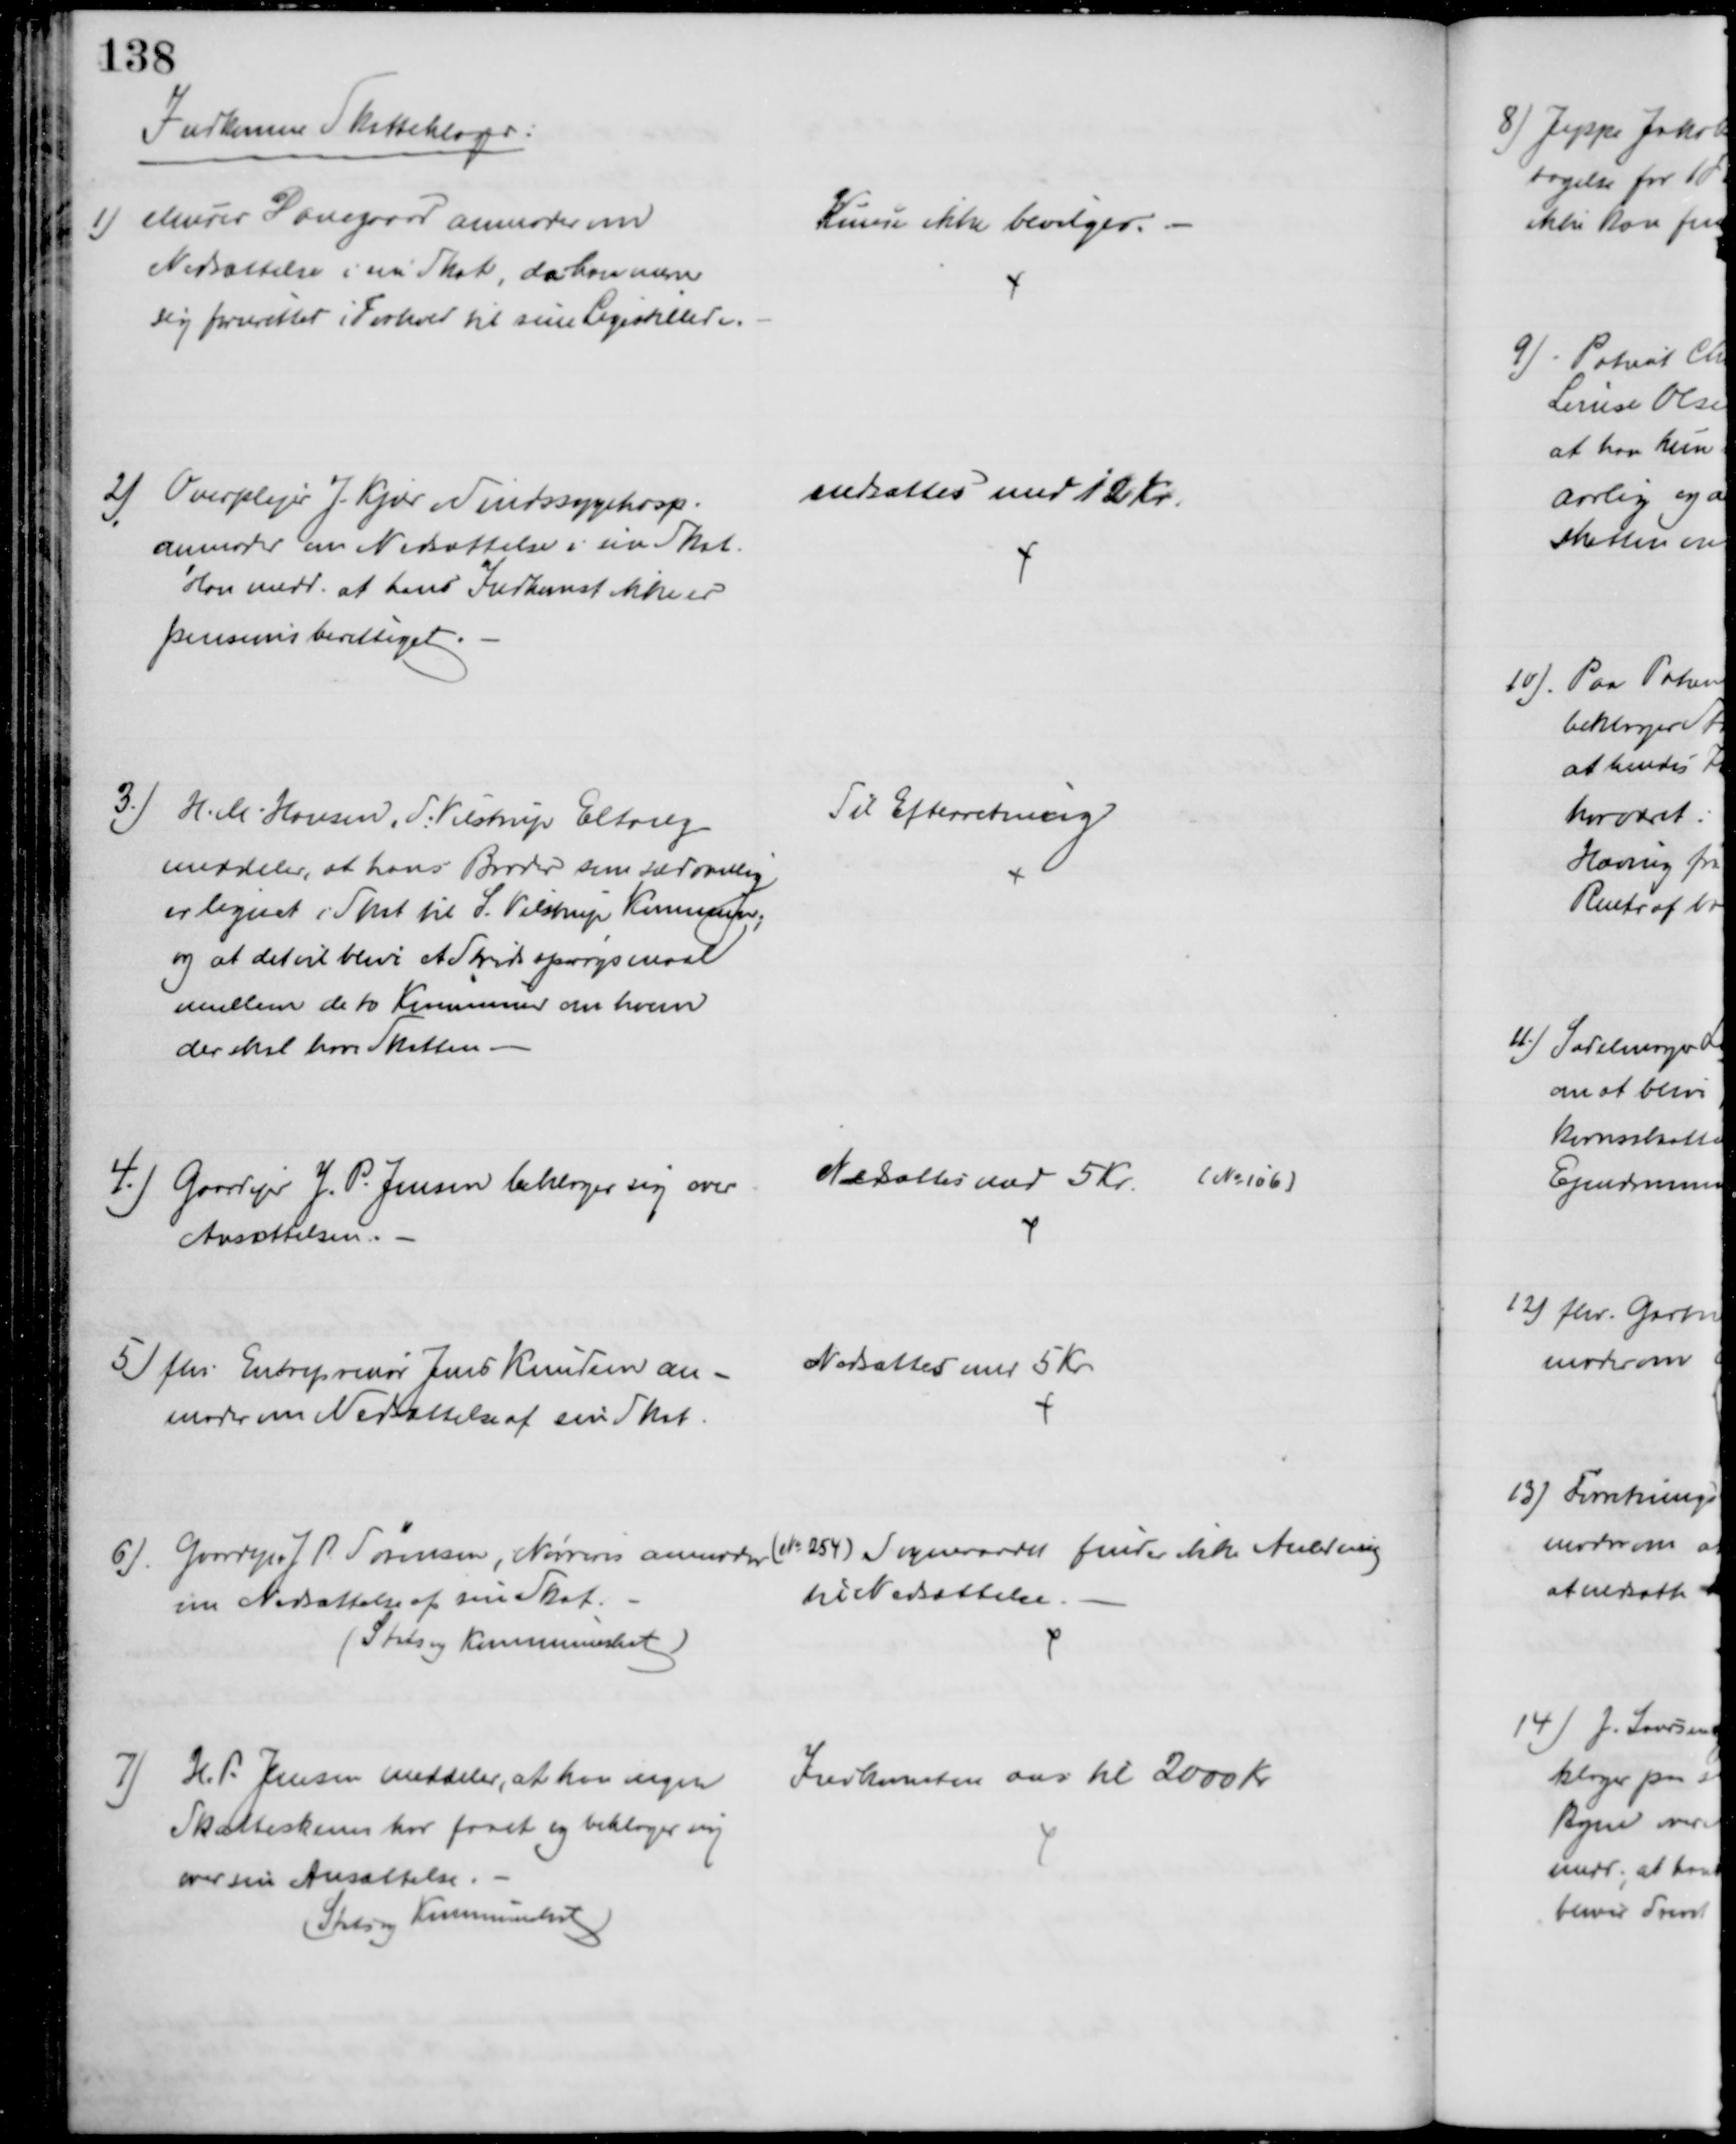
Transskription:
Indkomme Skatteklager:
1) Murer Damgaard anmoder om
Nedsættelse i sin Skat, da han mener
sig forurettet i Forhold til sine Ligestillede.
Kunde ikke bevilges.
2) Overplejer J. Kjær Sindssygehosp.
anmoder om Nedsættelse i sin Skat.
Han medd. at hans Indkomst ikke er
pensionsberettiget.
nedsættes med 12 Kr.
3.) H. M. Hansen, S. Vilstrup Eltang
meddeler, at hans Broder som sædvanlig
er lignet i Skat til S. Vilstrup Kommune,
og at det vil blive et Stridsspørgsmaal
mellem de to Kommuner om hvem
der skal have Skatten.
Til Efterretning
4.) Gaardejer J. P. Jensen beklager sig over
Ansættelsen.
Nedsattes med 5 Kr. (№ 106)
5) fhv. Entreprenør Jens Knudsen an-
moder om Nedsættelse af sin Skat
Nedsættes med 5 Kr
6). Gaardejer J P. Sørensen, Nørreris anmoder (№ 254) 
om Nedsættelse af sin Skat.
(Stats og Kommuneskat)
Sogneraadet finder ikke Anledning
til Nedsættelse.
7) H. P. Jensen meddeler, at han ingen
Skatteskema har faaet og beklager sig
over sin Ansættelse.
(Stats og Kommuneskat)
Indkomsten ans til 2000 Kr.